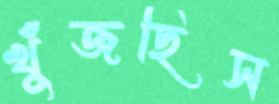
খুঁজছিস